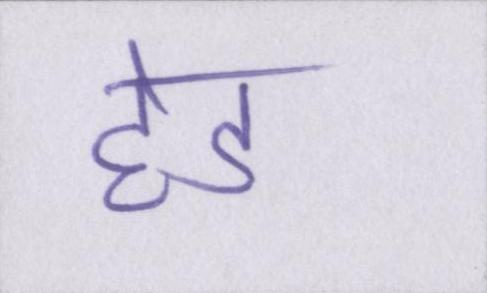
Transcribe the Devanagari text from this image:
हेड